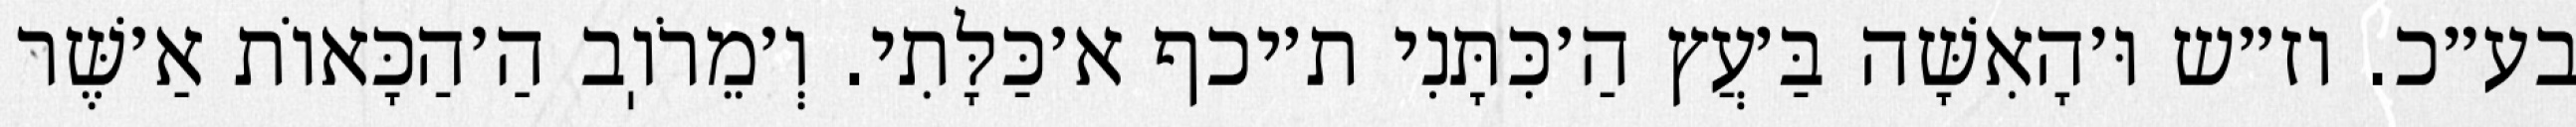
בע״כ. וז״ש וּ׳הָאִשָּׁה בַּ׳עֲץ הַ׳כִּתָּנִי ת׳יכף א׳כַּלָּתִי. וְ׳מֵרֹוֽב הַ׳הַכָּאוֹת אַ׳שֶּׁר